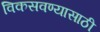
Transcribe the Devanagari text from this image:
विकसवण्यासाठी